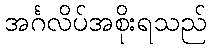
အင်္ဂလိပ်အစိုးရသည်